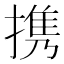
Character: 携